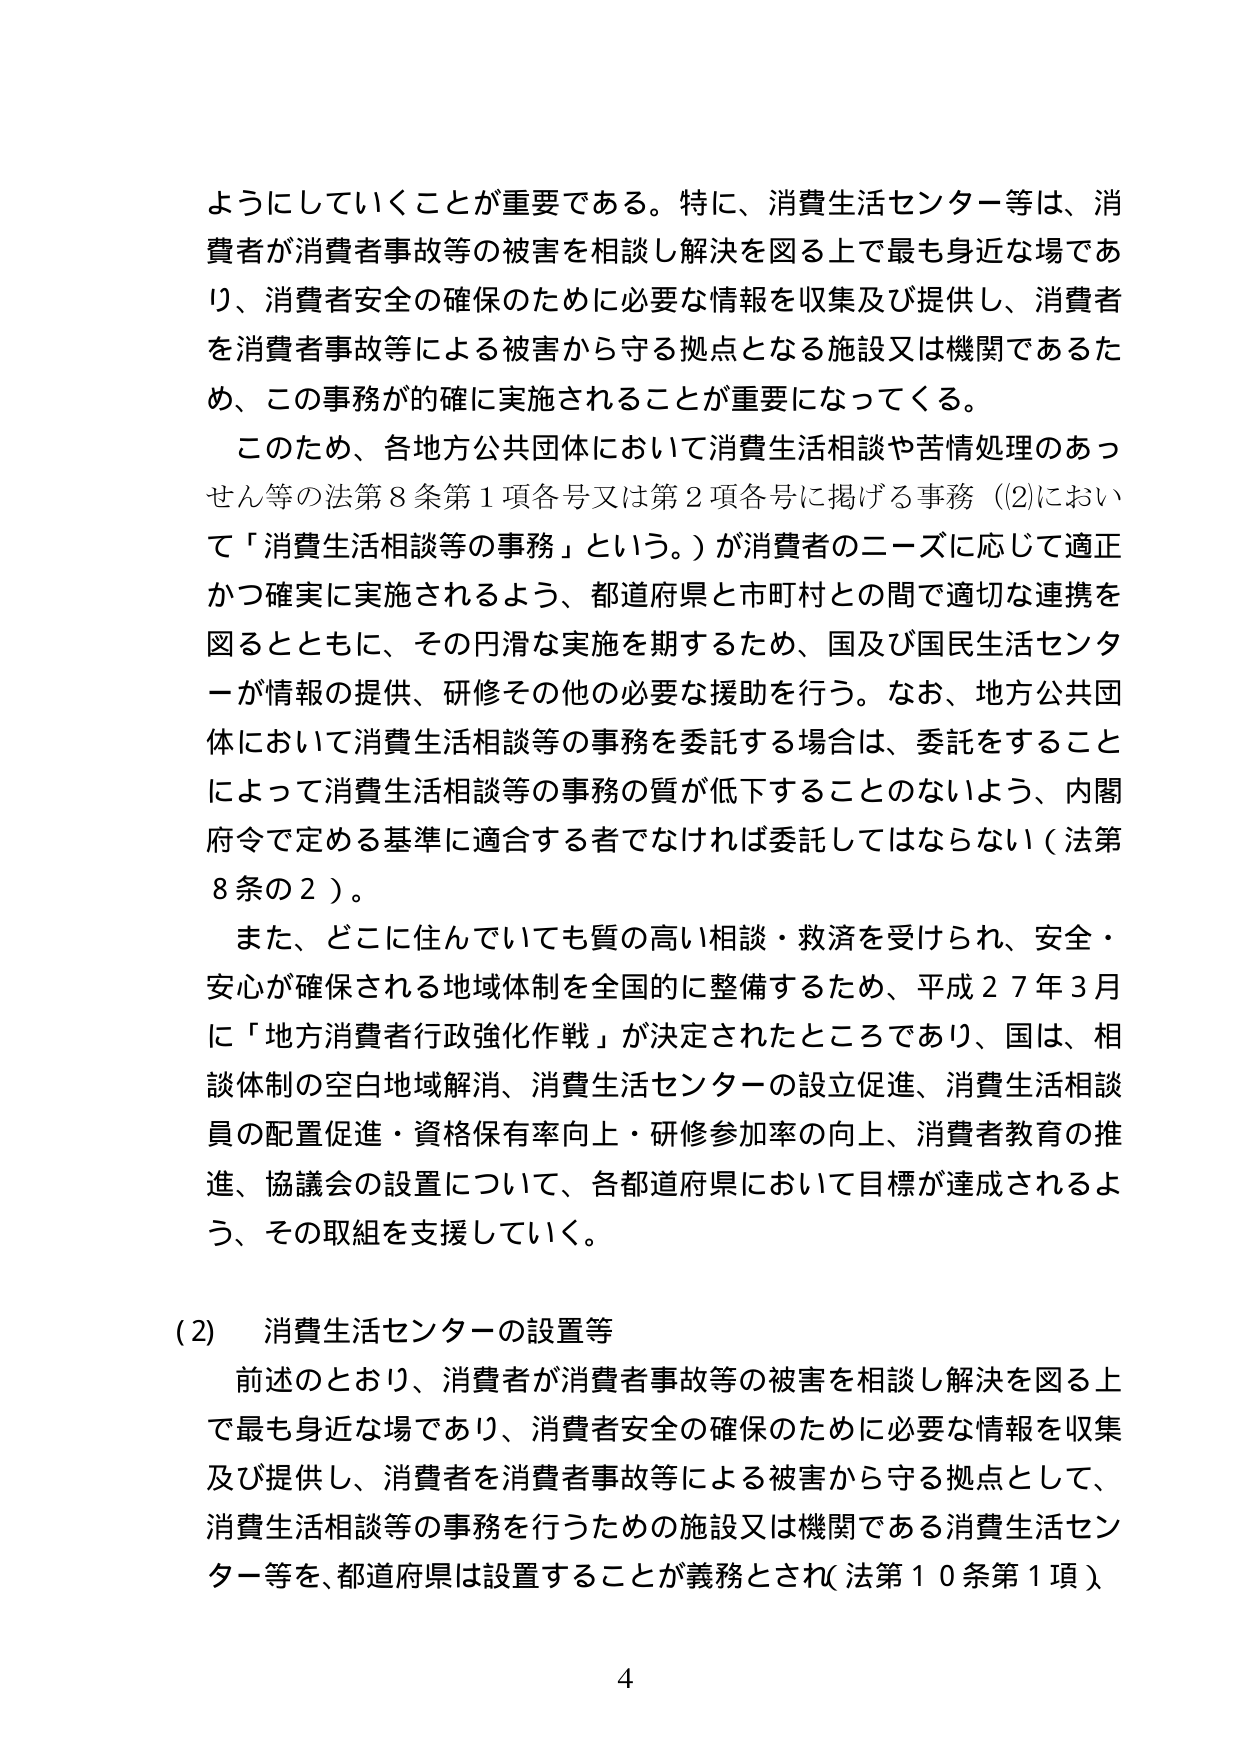
ようにしていくことが重要である。特に、消費生活センター等は、消費者が消費者事故等の被害を相談し解決を図る上で最も身近な場であり、消費者安全の確保のために必要な情報を収集及び提供し、消費者を消費者事故等による被害から守る拠点となる施設又は機関であるため、この事務が的確に実施されることが重要になってくる。

このため、各地方公共団体において消費生活相談や苦情処理のあっせん等の法第8条第1項各号又は第2項各号に掲げる事務（(2)において「消費生活相談等の事務」という。）が消費者のニーズに応じて適正かつ確実に実施されるよう、都道府県と市町村との間で適切な連携を図るとともに、その円滑な実施を期するため、国及び国民生活センターが情報の提供、研修その他の必要な援助を行う。なお、地方公共団体において消費生活相談等の事務を委託する場合は、委託をすることによって消費生活相談等の事務の質が低下することのないよう、内閣府令で定める基準に適合する者でなければ委託してはならない（法第8条の2）。

また、どこに住んでいても質の高い相談・救済を受けられ、安全・安心が確保される地域体制を全国的に整備するため、平成27年3月に「地方消費者行政強化作戦」が決定されたところであり、国は、相談体制の空白地域解消、消費生活センターの設立促進、消費生活相談員の配置促進・資格保有率向上・研修参加率の向上、消費者教育の推進、協議会の設置について、各都道府県において目標が達成されるよう、その取組を支援していく。

(2) 消費生活センターの設置等

前述のとおり、消費者が消費者事故等の被害を相談し解決を図る上で最も身近な場であり、消費者安全の確保のために必要な情報を収集及び提供し、消費者を消費者事故等による被害から守る拠点として、消費生活相談等の事務を行うための施設又は機関である消費生活センター等を、都道府県は設置することが義務とされ（法第10条第1項）。

4